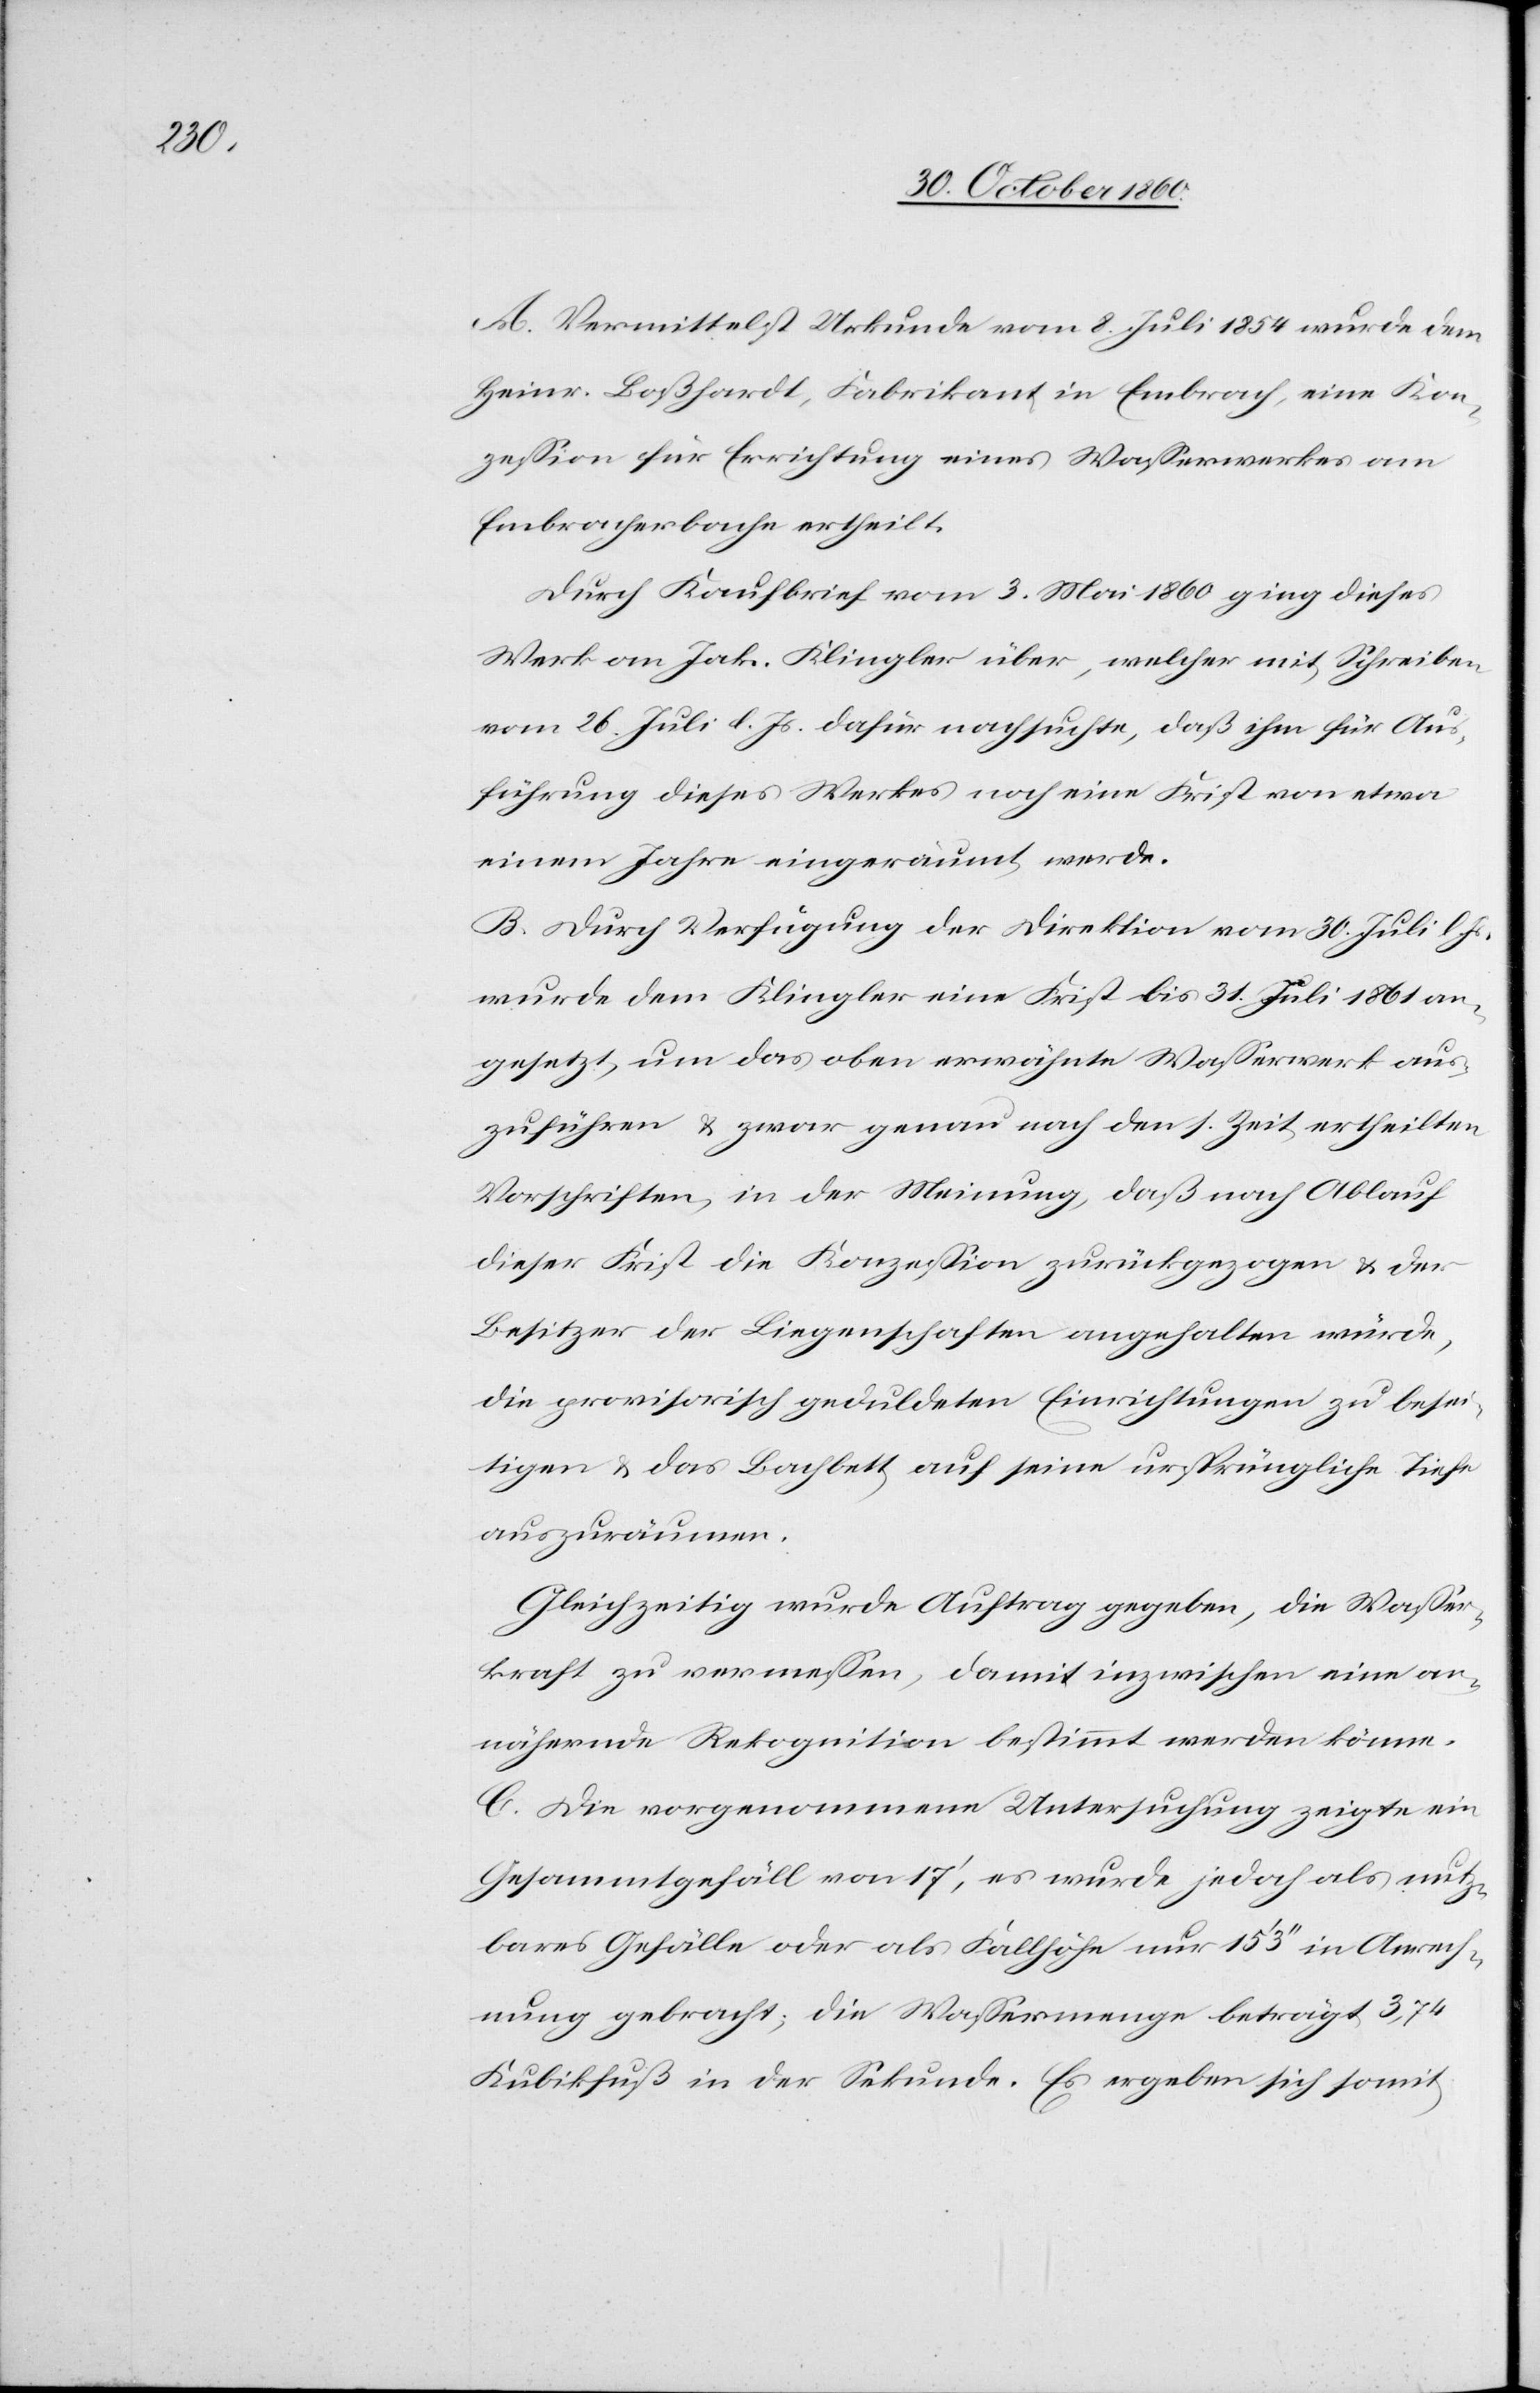
A. Vermittelst Urkunde vom 8. Juli wurde dem
Heinr. Boßhardt, Fabrikant in Embrach, eine Kon¬
zession für Errichtung eines Wasserwerks am
Ebracherbache ertheilt.
Durch Kaufbrief vom 3. Mai 1860 ging dieses
Werk an Jak. Klinger über, welcher mit Schreiben
vom 26. Juli d. Js. dafür nachsuchte, daß ihm für Aus¬
führung dieses Werkes noch eine Frist von etwa
einem Jahre eingeräumt werde.
B. Durch Verfügung der Direktion vom 30. Juli l.
wurde dem Klingler eine Frist bis 31. Juli 1861 an¬
gesetzt, um das oben erwähnte Wasserwerk aus¬
zuführen u. zwar genau nach den s. Zeit ertheilten
Vorschriften, in der Meinung, daß nach Ablauf
dieser Frist die Konzession zurückgezogen u. der
Besitzer der Liegenschaften angehalten würde,
die provisorisch geduldeten Einrichtungen zu besei¬
tigen u. das Bachbrett auf seine ursprüngliche Tiefe
auszuräumen.
Gleichzeitig wurde Auftrag gegeben, die Wasser¬
kraft zu vermessen, damit inzwischen eine an¬
nähernde Rekognition bestimmt werden könne.
C. Die vorgenommene Untersuchung zeigte ein
Gesammtgefäll von 17’, es wurde jedoch als nutz¬
bares Gefälle oder als Fallhöhe nur 15’ 3’’ in Anrech¬
nung gebracht; die Wassermenge beträgt 3,75
Kubikfuß in der Sekunde. Es ergeben sich somit